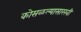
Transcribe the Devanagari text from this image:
कोसळल्यासारखी